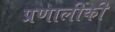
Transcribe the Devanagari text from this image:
प्रणालीकी